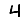
Digit: 4